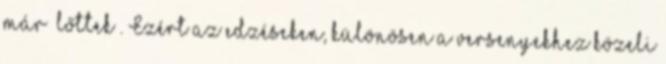
már „lőttek”. Ezért az edzéseken, különösen a versenyekhez közeli